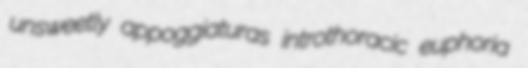
unsweetly appoggiaturas introthoracic euphoria